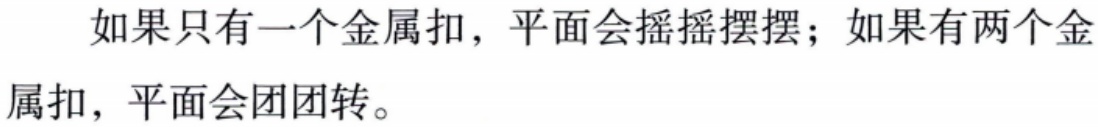
如果只有一个金属扣，平面会摇摇摆摆；如果有两个金属扣，平面会团团转。